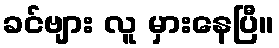
ခင်ဗျား လူ မှားနေပြီ။